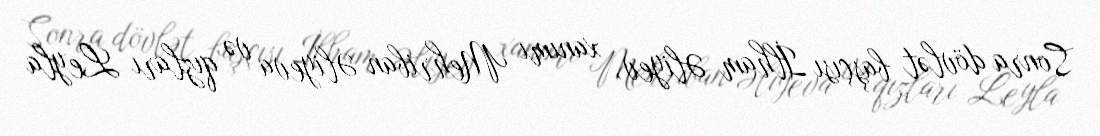
Sonra dövlət başçısı İlham Əliyev, xanımı Mehriban Əliyeva və qızları Leyla